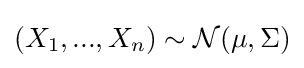
(X_{1},...,X_{n})\sim {\mathcal {N}}(\mu ,\Sigma )